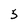
Character: 5